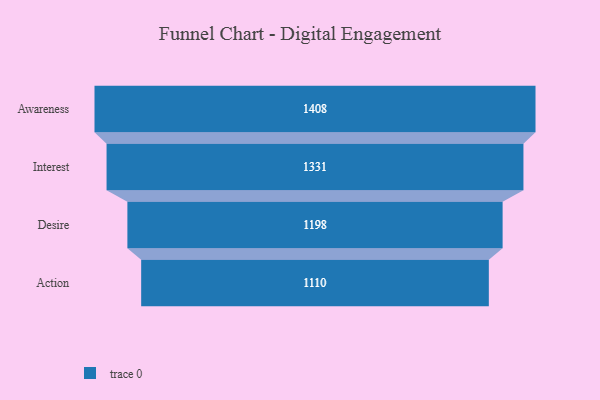
{"axis": {"x": "Stage", "y": "Value"}, "legend": [""], "data": [{"x": "Awareness", "y": 1408.0, "type": ""}, {"x": "Interest", "y": 1331.0, "type": ""}, {"x": "Desire", "y": 1198.0, "type": ""}, {"x": "Action", "y": 1110.0, "type": ""}]}